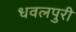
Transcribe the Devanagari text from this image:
धवलपुरी